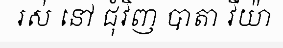
រស់ នៅ ជុំវិញ បាតា វីយ៉ា